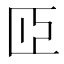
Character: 𦣝